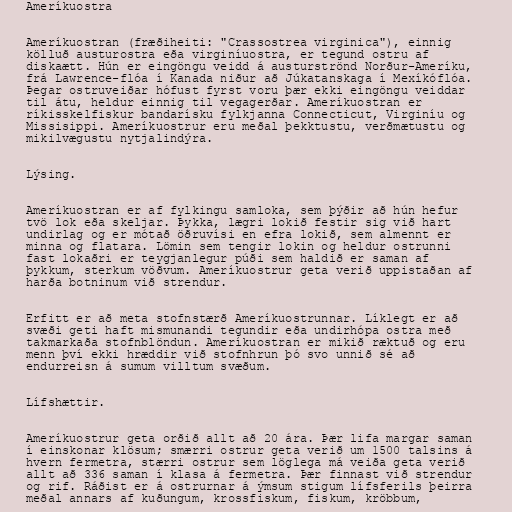
Ameríkuostra

Ameríkuostran (fræðiheiti: "Crassostrea virginica"), einnig
kölluð austurostra eða virginíuostra, er tegund ostru af
diskaætt. Hún er eingöngu veidd á austurströnd Norður-Ameríku,
frá Lawrence-flóa í Kanada niður að Júkatanskaga í Mexíkóflóa.
Þegar ostruveiðar hófust fyrst voru þær ekki eingöngu veiddar
til átu, heldur einnig til vegagerðar. Ameríkuostran er
ríkisskelfiskur bandarísku fylkjanna Connecticut, Virginíu og
Missisippi. Ameríkuostrur eru meðal þekktustu, verðmætustu og
mikilvægustu nytjalindýra.

Lýsing.

Ameríkuostran er af fylkingu samloka, sem þýðir að hún hefur
tvö lok eða skeljar. Þykka, lægri lokið festir sig við hart
undirlag og er mótað öðruvísi en efra lokið, sem almennt er
minna og flatara. Lömin sem tengir lokin og heldur ostrunni
fast lokaðri er teygjanlegur púði sem haldið er saman af
þykkum, sterkum vöðvum. Ameríkuostrur geta verið uppistaðan af
harða botninum við strendur.

Erfitt er að meta stofnstærð Ameríkuostrunnar. Líklegt er að
svæði geti haft mismunandi tegundir eða undirhópa ostra með
takmarkaða stofnblöndun. Ameríkuostran er mikið ræktuð og eru
menn því ekki hræddir við stofnhrun þó svo unnið sé að
endurreisn á sumum villtum svæðum.

Lífshættir.

Ameríkuostrur geta orðið allt að 20 ára. Þær lifa margar saman
í einskonar klösum; smærri ostrur geta verið um 1500 talsins á
hvern fermetra, stærri ostrur sem löglega má veiða geta verið
allt að 336 saman í klasa á fermetra. Þær finnast við strendur
og rif. Ráðist er á ostrurnar á ýmsum stigum lífsferils þeirra
meðal annars af kuðungum, krossfiskum, fiskum, kröbbum,